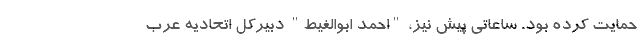
حمایت کرده بود. ساعاتی پیش نیز، "احمد ابوالغیط" دبیرکل اتحادیه عرب